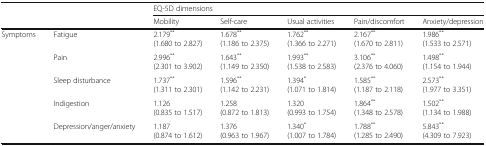
| <ROWSPAN=2>  | <ROWSPAN=2>  | <COLSPAN=5> EQ-5D dimensions |
 | Mobility | Self-care | Usual activities | Pain/discomfort | Anxiety/depression |
 | --- | --- | --- | --- | --- | --- | --- |
 | <ROWSPAN=5> Symptoms | Fatigue | 2.179** (1.680 to 2.827) | 1.678** (1.186 to 2.375) | 1.762** (1.366 to 2.271) | 2.167** (1.670 to 2.811) | 1.986** (1.533 to 2.571) |
 | Pain | 2.996** (2.301 to 3.902) | 1.643** (1.149 to 2.350) | 1.993** (1.538 to 2.583) | 3.106** (2.376 to 4.060) | 1.498** (1.154 to 1.944) |
 | Sleep disturbance | 1.737** (1.311 to 2.301) | 1.596** (1.142 to 2.231) | 1.394* (1.071 to 1.814) | 1.585** (1.187 to 2.118) | 2.573** (1.977 to 3.351) |
 | Indigestion | 1.126 (0.835 to 1.517) | 1.258 (0.872 to 1.813) | 1.320 (0.993 to 1.754) | 1.864** (1.348 to 2.578) | 1.502** (1.134 to 1.988) |
 | Depression/anger/anxiety | 1.187 (0.874 to 1.612) | 1.376 (0.963 to 1.967) | 1.340* (1.007 to 1.784) | 1.788** (1.285 to 2.490) | 5.843** (4.309 to 7.923) |